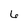
Character: 6